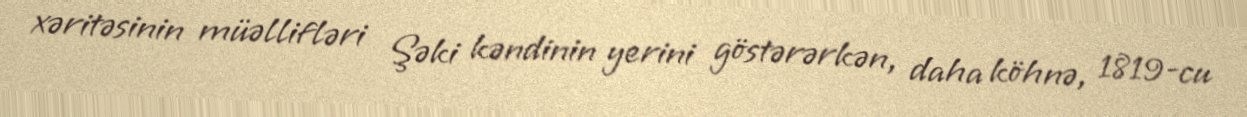
xəritəsinin müəllifləri Şəki kəndinin yerini göstərərkən, daha köhnə, 1819-cu